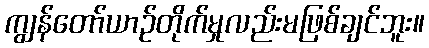
ကျွန်တော်ယာဉ်တိုက်မှုလည်းမဖြစ်ချင်ဘူး။